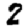
Digit: 2